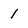
Character: 1